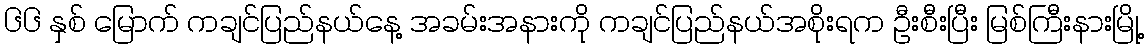
၆၆ နှစ် မြောက် ကချင်ပြည်နယ်နေ့ အခမ်းအနားကို ကချင်ပြည်နယ်အစိုးရက ဦးစီးပြီး မြစ်ကြီးနားမြို့